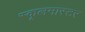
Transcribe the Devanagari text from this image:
स्कूलमास्टर